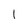
Character: l